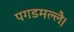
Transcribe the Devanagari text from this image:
पगडमल्लै।